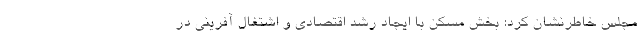
مجلس خاطرنشان کرد: بخش مسکن با ایجاد رشد اقتصادی و اشتغال آفرینی در